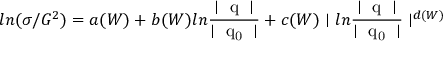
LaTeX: l n ( \sigma / G ^ { 2 } ) = a ( W ) + b ( W ) l n { \frac { \mid \mathrm { \boldmath ~ q ~ } \mid } { \mid \mathrm { \boldmath ~ q _ { 0 } ~ } \mid } } + c ( W ) \mid l n { \frac { \mid \mathrm { \boldmath ~ q ~ } \mid } { \mid \mathrm { \boldmath ~ q _ { 0 } ~ } \mid } } \mid ^ { d ( W ) }